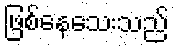
ဖြစ်နေသေးသည်